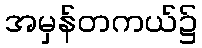
အမှန်တကယ်၌